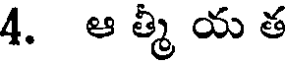
4. ఆ త్మీ య త